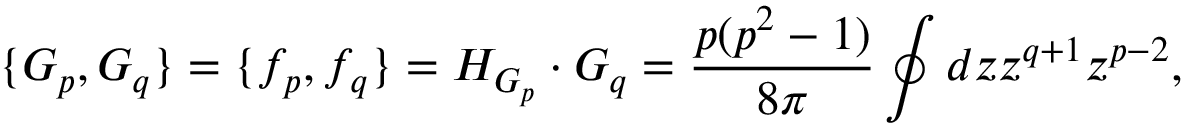
\{ G _ { p } , G _ { q } \} = \{ f _ { p } , f _ { q } \} = H _ { G _ { p } } \cdot G _ { q } = { \frac { p ( p ^ { 2 } - 1 ) } { 8 \pi } } \oint d z z ^ { q + 1 } z ^ { p - 2 } ,